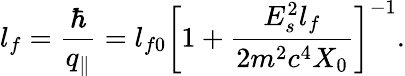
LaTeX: l_{f}={\frac{\hbar}{q_{\parallel}}}=l_{f0}\bigg[1+{\frac{E_{s}^{2}l_{f}}{2m^{2}c^{4}X_{0}}}\bigg]^{-1}.